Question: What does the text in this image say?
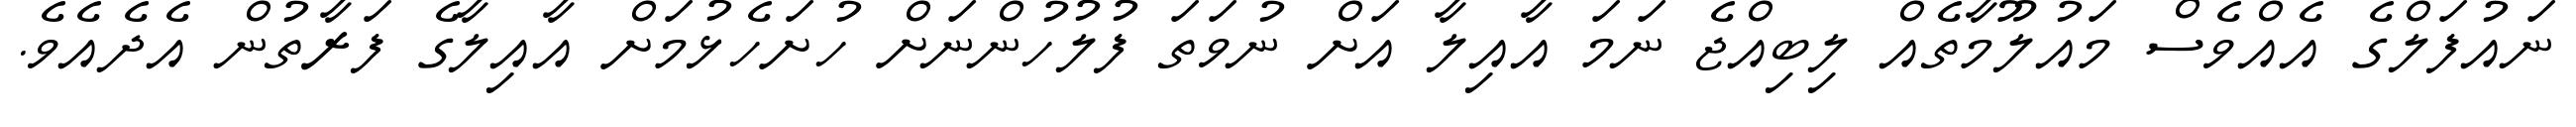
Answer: ނައުފަލްގެ އެއްވެސް މައުލޫމާތެއް ލިބިއްޖެ ނަމަ އާއިލާ އަށް ނުވަތަ ފުލުހުންނަށް ހުށަހެޅުމަށް އާއިލާގެ ފަރާތުން އެދެއެވެ.